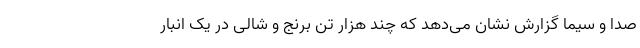
صدا و سیما گزارش نشان می‌دهد که چند هزار تن برنج و شالی در یک انبار